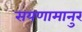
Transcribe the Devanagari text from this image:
सयणामानुर